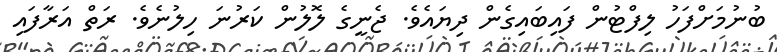
ބުނުމަށްފަހު ލިފްޓުން ފައިބައިގެން ދިޔައެވެ. ޖެނީގެ ލޮލުން ކަރުނަ ހިލުނެވެ. ރަތް އަރާފައި